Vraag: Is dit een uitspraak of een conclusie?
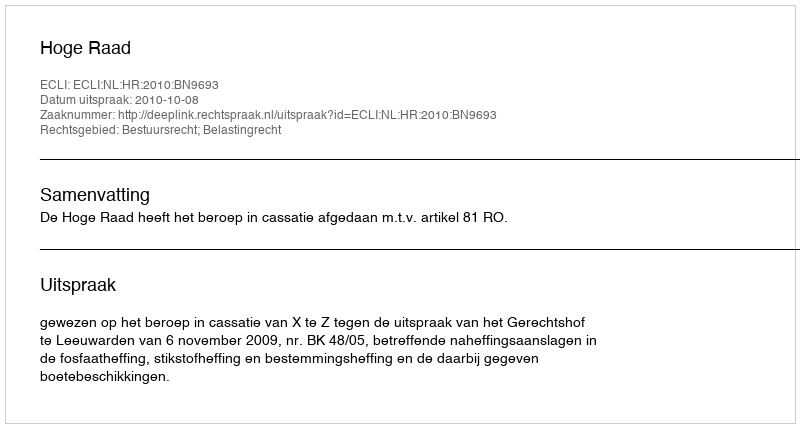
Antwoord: Uitspraak